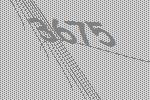
3675